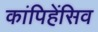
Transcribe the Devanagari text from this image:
कांपिहेंसिव